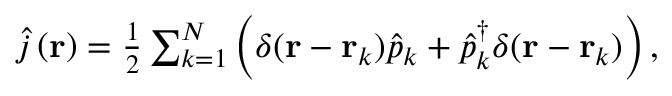
\begin{array} { r } { \hat { j } \left( \mathbf { r } \right) = \frac { 1 } { 2 } \sum _ { k = 1 } ^ { N } \left( \delta ( \mathbf { r } - \mathbf { r } _ { k } ) \hat { p } _ { k } + \hat { p } _ { k } ^ { \dagger } \delta ( \mathbf { r } - \mathbf { r } _ { k } ) \right) , } \end{array}